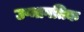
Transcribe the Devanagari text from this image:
उष्मागतिक